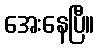
အေးနေပြီ။